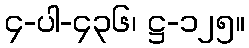
၄-ပါ-၄၃၆၊ ဋ္ဌ-၁၂၅။